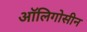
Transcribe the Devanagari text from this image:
ऑलिगोसीन